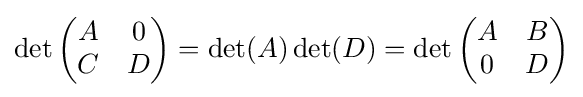
\det {\begin{pmatrix}A&0\\C&D\end{pmatrix}}=\det(A)\det(D)=\det {\begin{pmatrix}A&B\\0&D\end{pmatrix}}